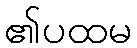
၏ပထမ